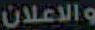
والاعلان